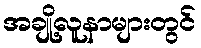
အချို့လူနာများတွင်